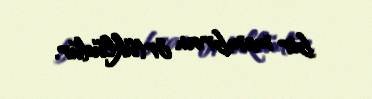
bir membran örtüklüdür.